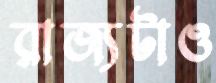
রাজ্যটাও